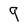
Character: 9